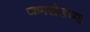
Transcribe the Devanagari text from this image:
जामखेडच्या